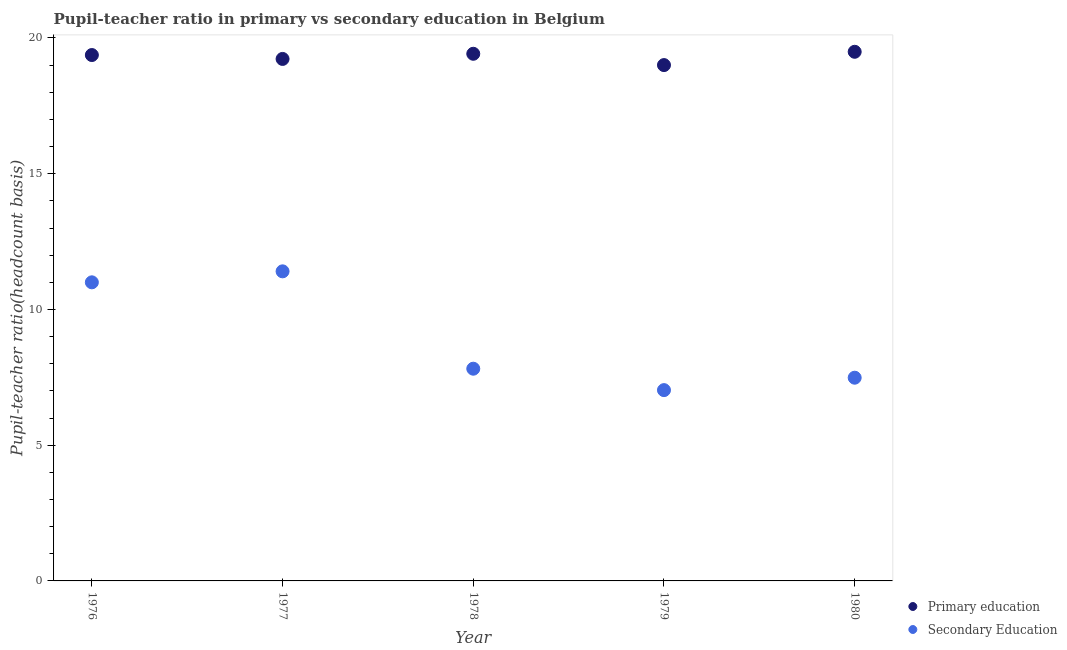
| Year | Primary education | Secondary Education |
 | --- | --- | --- |
 | 1976 | 19.4 | 11 |
 | 1977 | 19.2 | 11.4 |
 | 1978 | 19.4 | 7.82 |
 | 1979 | 19 | 7.03 |
 | 1980 | 19.5 | 7.49 |